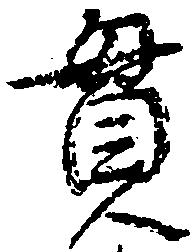
貫